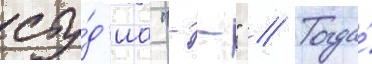
сту́д'иа "--" // Тогда́